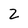
Character: Z